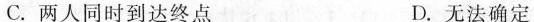
C. 两人同时到达终点 D. 无法确定